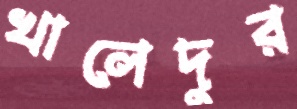
খালেদুর